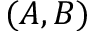
( A , B )